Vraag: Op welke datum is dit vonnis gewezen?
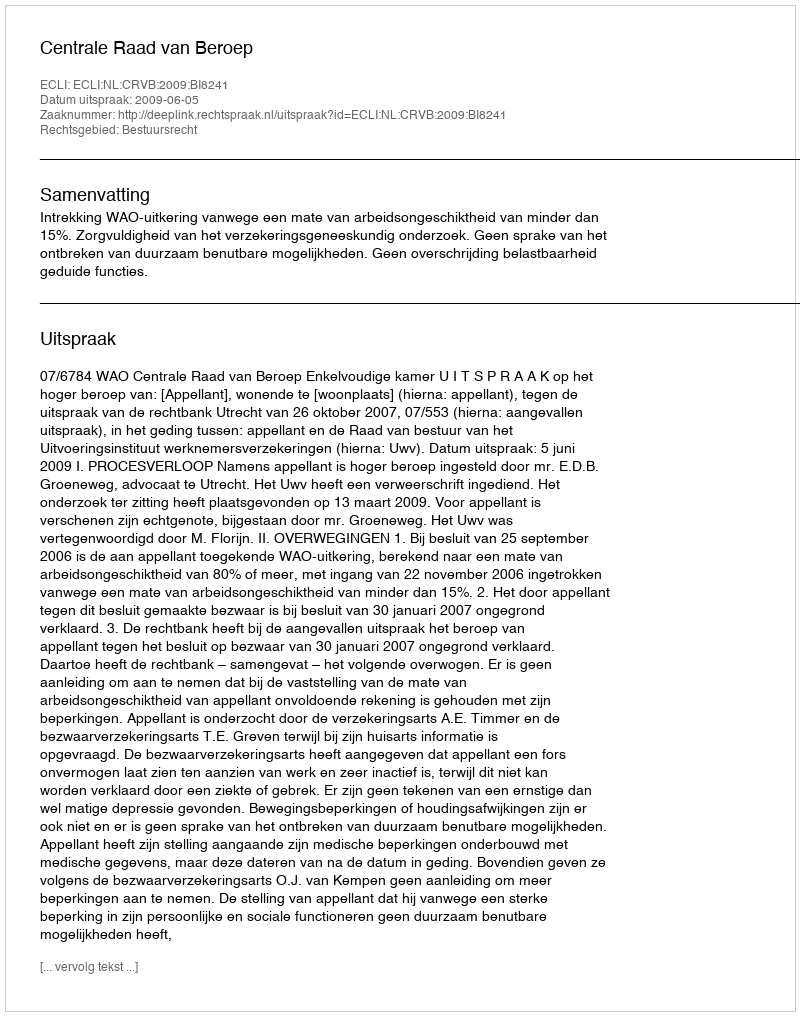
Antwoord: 2009-06-05